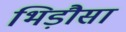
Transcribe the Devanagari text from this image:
भिड़ौसा